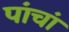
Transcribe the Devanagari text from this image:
पांचां